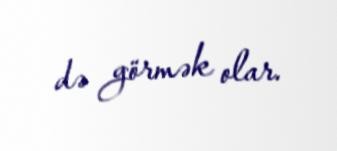
də görmək olar.